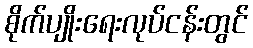
စိုက်ပျိုးရေးလုပ်ငန်းတွင်